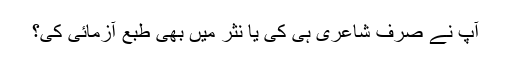
آپ نے صرف شاعری ہی کی یا نثر میں بھی طبع آزمائی کی؟